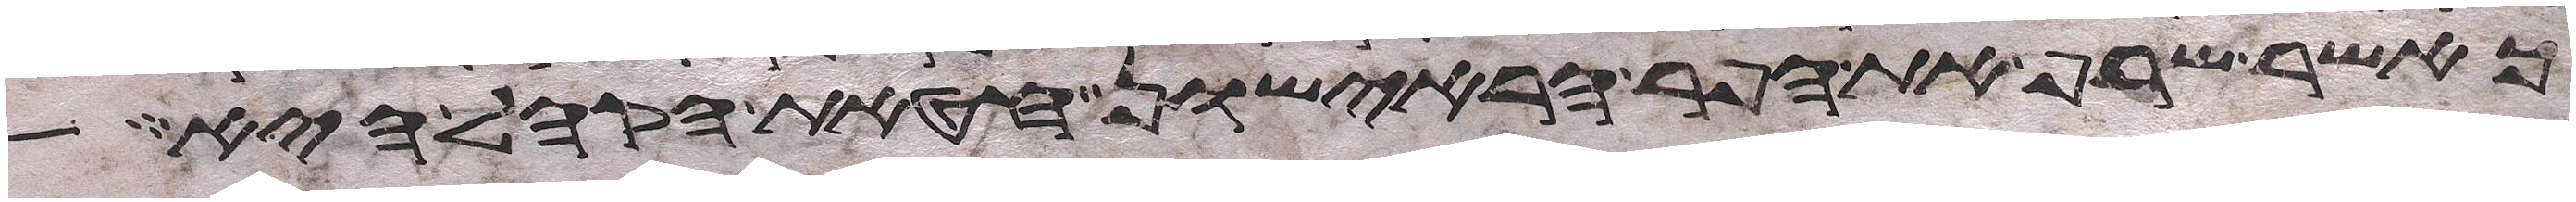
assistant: כאשר שרף את הפר הראישון חטאת הקהל היא